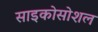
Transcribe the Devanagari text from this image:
साइकोसोशल